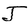
Character: J